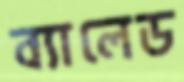
ব্যালেড